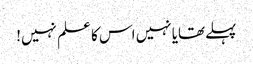
پہلےتھایا نہیں اس کا علم نہیں!